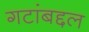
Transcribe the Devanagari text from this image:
गटांबद्दल